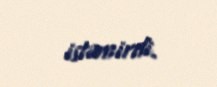
istəmirdi.